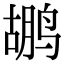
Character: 鹕